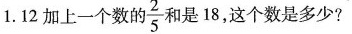
1.12加上一个数的 \frac{2}{5} 和是18，这个数是多少?